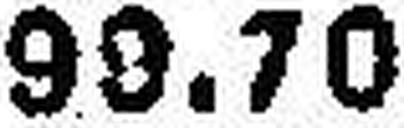
99.70